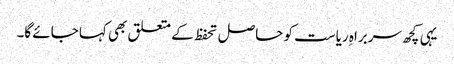
یہی کچھ سربراہِ ریاست کو حاصل تحفظ کے متعلق بھی کہا جائے گا۔